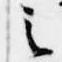
之